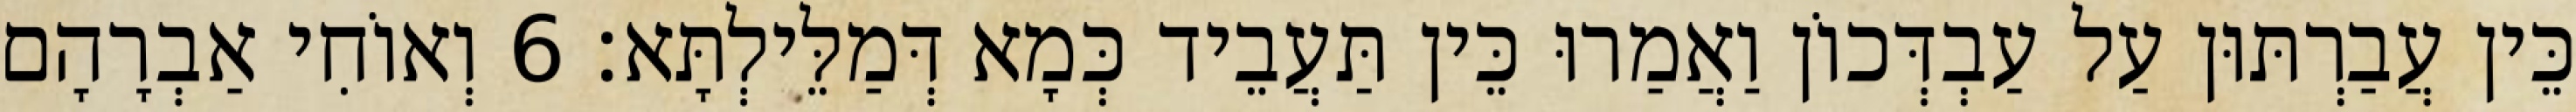
כֵּין עֲבַרְתּוּן עַל עַבְדְּכוֹן וַאֲמַרוּ כֵּין תַּעֲבֵיד כְּמָא דְּמַלֵּילְתָּא׃ 6 וְאוֹחִי אַבְרָהָם